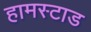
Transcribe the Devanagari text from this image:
हामस्टाड